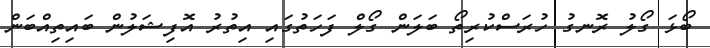
ބޯޅަ ގޯލު ރޮނގު ހުރަސްކުރިތޯ ބަލަން ގޯލް ފަހަތުގައި އިތުރު އޮފިޝަލުން ބައިތިއްބަން